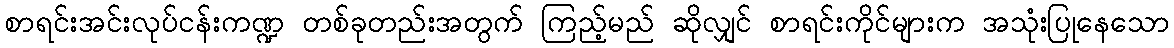
စာရင်းအင်းလုပ်ငန်းကဏ္ဍ တစ်ခုတည်းအတွက် ကြည့်မည် ဆိုလျှင် စာရင်းကိုင်များက အသုံးပြုနေသော